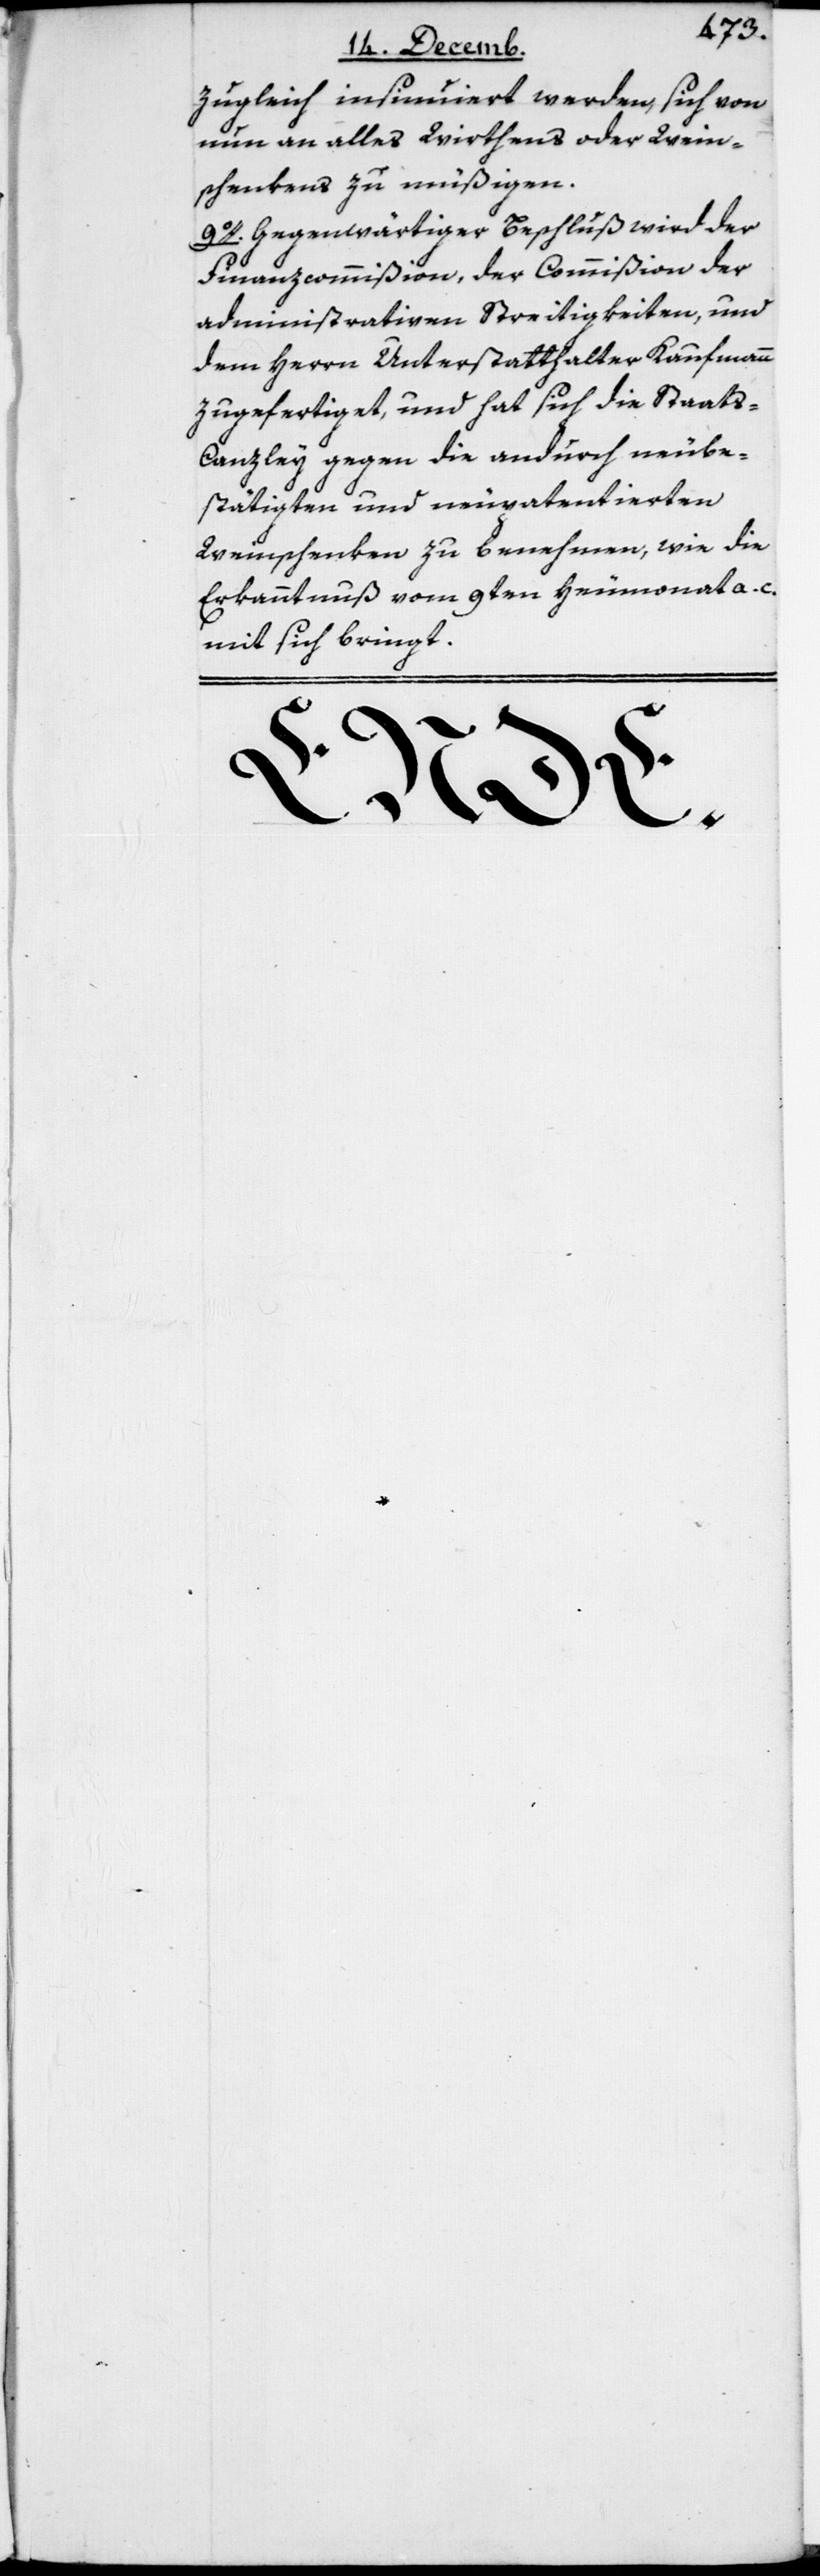
zugleich insinuiert werden, sich von
nun an alles Wirthens oder Wein¬
schenkens zu müßigen.
9o. Gegenwärtiger Beschluß wird der
Finanzcommißion, der Commißion der
administrativen Streitigkeiten, und
dem Herrn Unterstatthalter Kaufmann
zugefertiget, und hat sich die Staats-C¬
anzley gegen die andurch neube¬
stätigten und neupatentierten
Weinschenken zu benehmen, wie die
Erkanntnuß vom 9ten Heumonat a. c.
mit sich bringt.